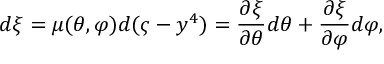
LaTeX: d \xi = \mu ( \theta , \varphi ) d ( \varsigma - y ^ { 4 } ) = \frac { \partial \xi } { \partial \theta } d \theta + \frac { \partial \xi } { \partial \varphi } d \varphi ,